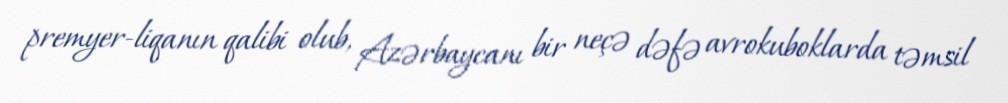
premyer-liqanın qalibi olub, Azərbaycanı bir neçə dəfə avrokuboklarda təmsil